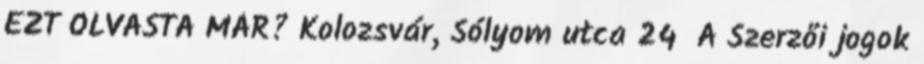
EZT OLVASTA MÁR? Kolozsvár, Sólyom utca 24 A Szerzői jogok